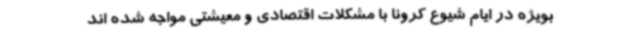
بویژه در ایام شیوع کرونا با مشکلات اقتصادی و معیشتی مواجه شده اند